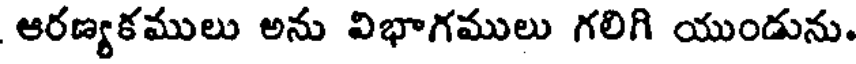
ఆరణ్యకములు అను విభాగములు గలిగి యుండును.